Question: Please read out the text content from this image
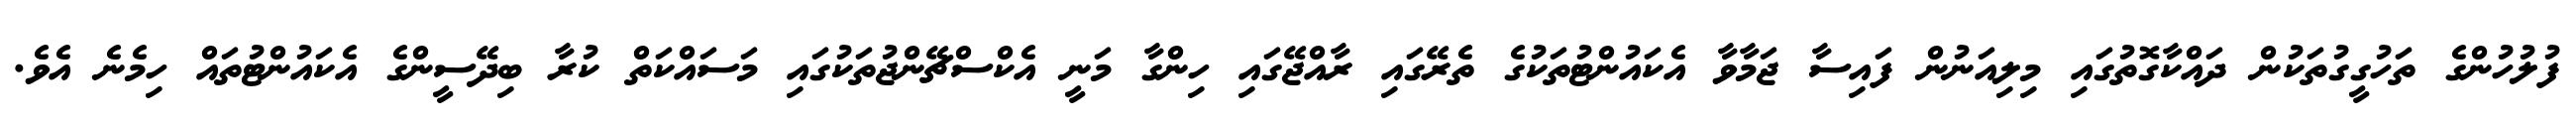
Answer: ފުލުހުންގެ ތަހުގީގުތަކުން ދައްކާގޮތުގައި މިލިއަނުން ފައިސާ ޖަމާވާ އެކައުންޓުތަކުގެ ތެރޭގައި ރާއްޖޭގައި ހިންގާ މަނީ އެކްސްޗޭންޖުތަކުގައި މަސައްކަތް ކުރާ ބިދޭސީންގެ އެކައުންޓުތައް ހިމެނެ އެވެ.